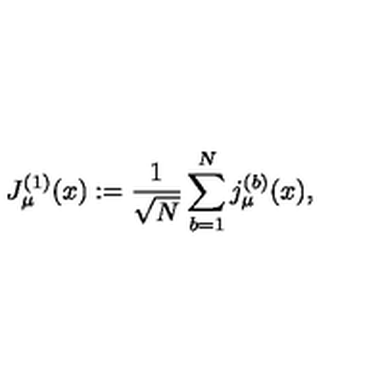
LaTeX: J _ { \mu } ^ { ( 1 ) } ( x ) : = \frac { 1 } { \sqrt { N } } \sum _ { b = 1 } ^ { N } j _ { \mu } ^ { ( b ) } ( x ) ,